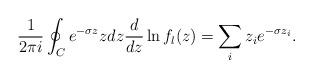
LaTeX: \begin{align*}{1\over 2\pi i}\oint_C e^{-\sigma z}zdz{d\over dz}\ln f_l(z)=\sum_iz_i e^{-\sigma z_i}.\end{align*}